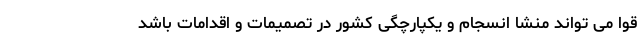
قوا می تواند منشا انسجام و یکپارچگی کشور در تصمیمات و اقدامات باشد